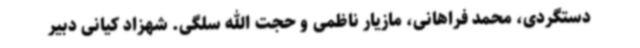
دستگردی، محمد فراهانی، مازیار ناظمی و حجت الله سلگی. شهزاد کیانی دبیر